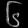
Digit: ၆